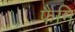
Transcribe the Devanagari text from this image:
फैमि